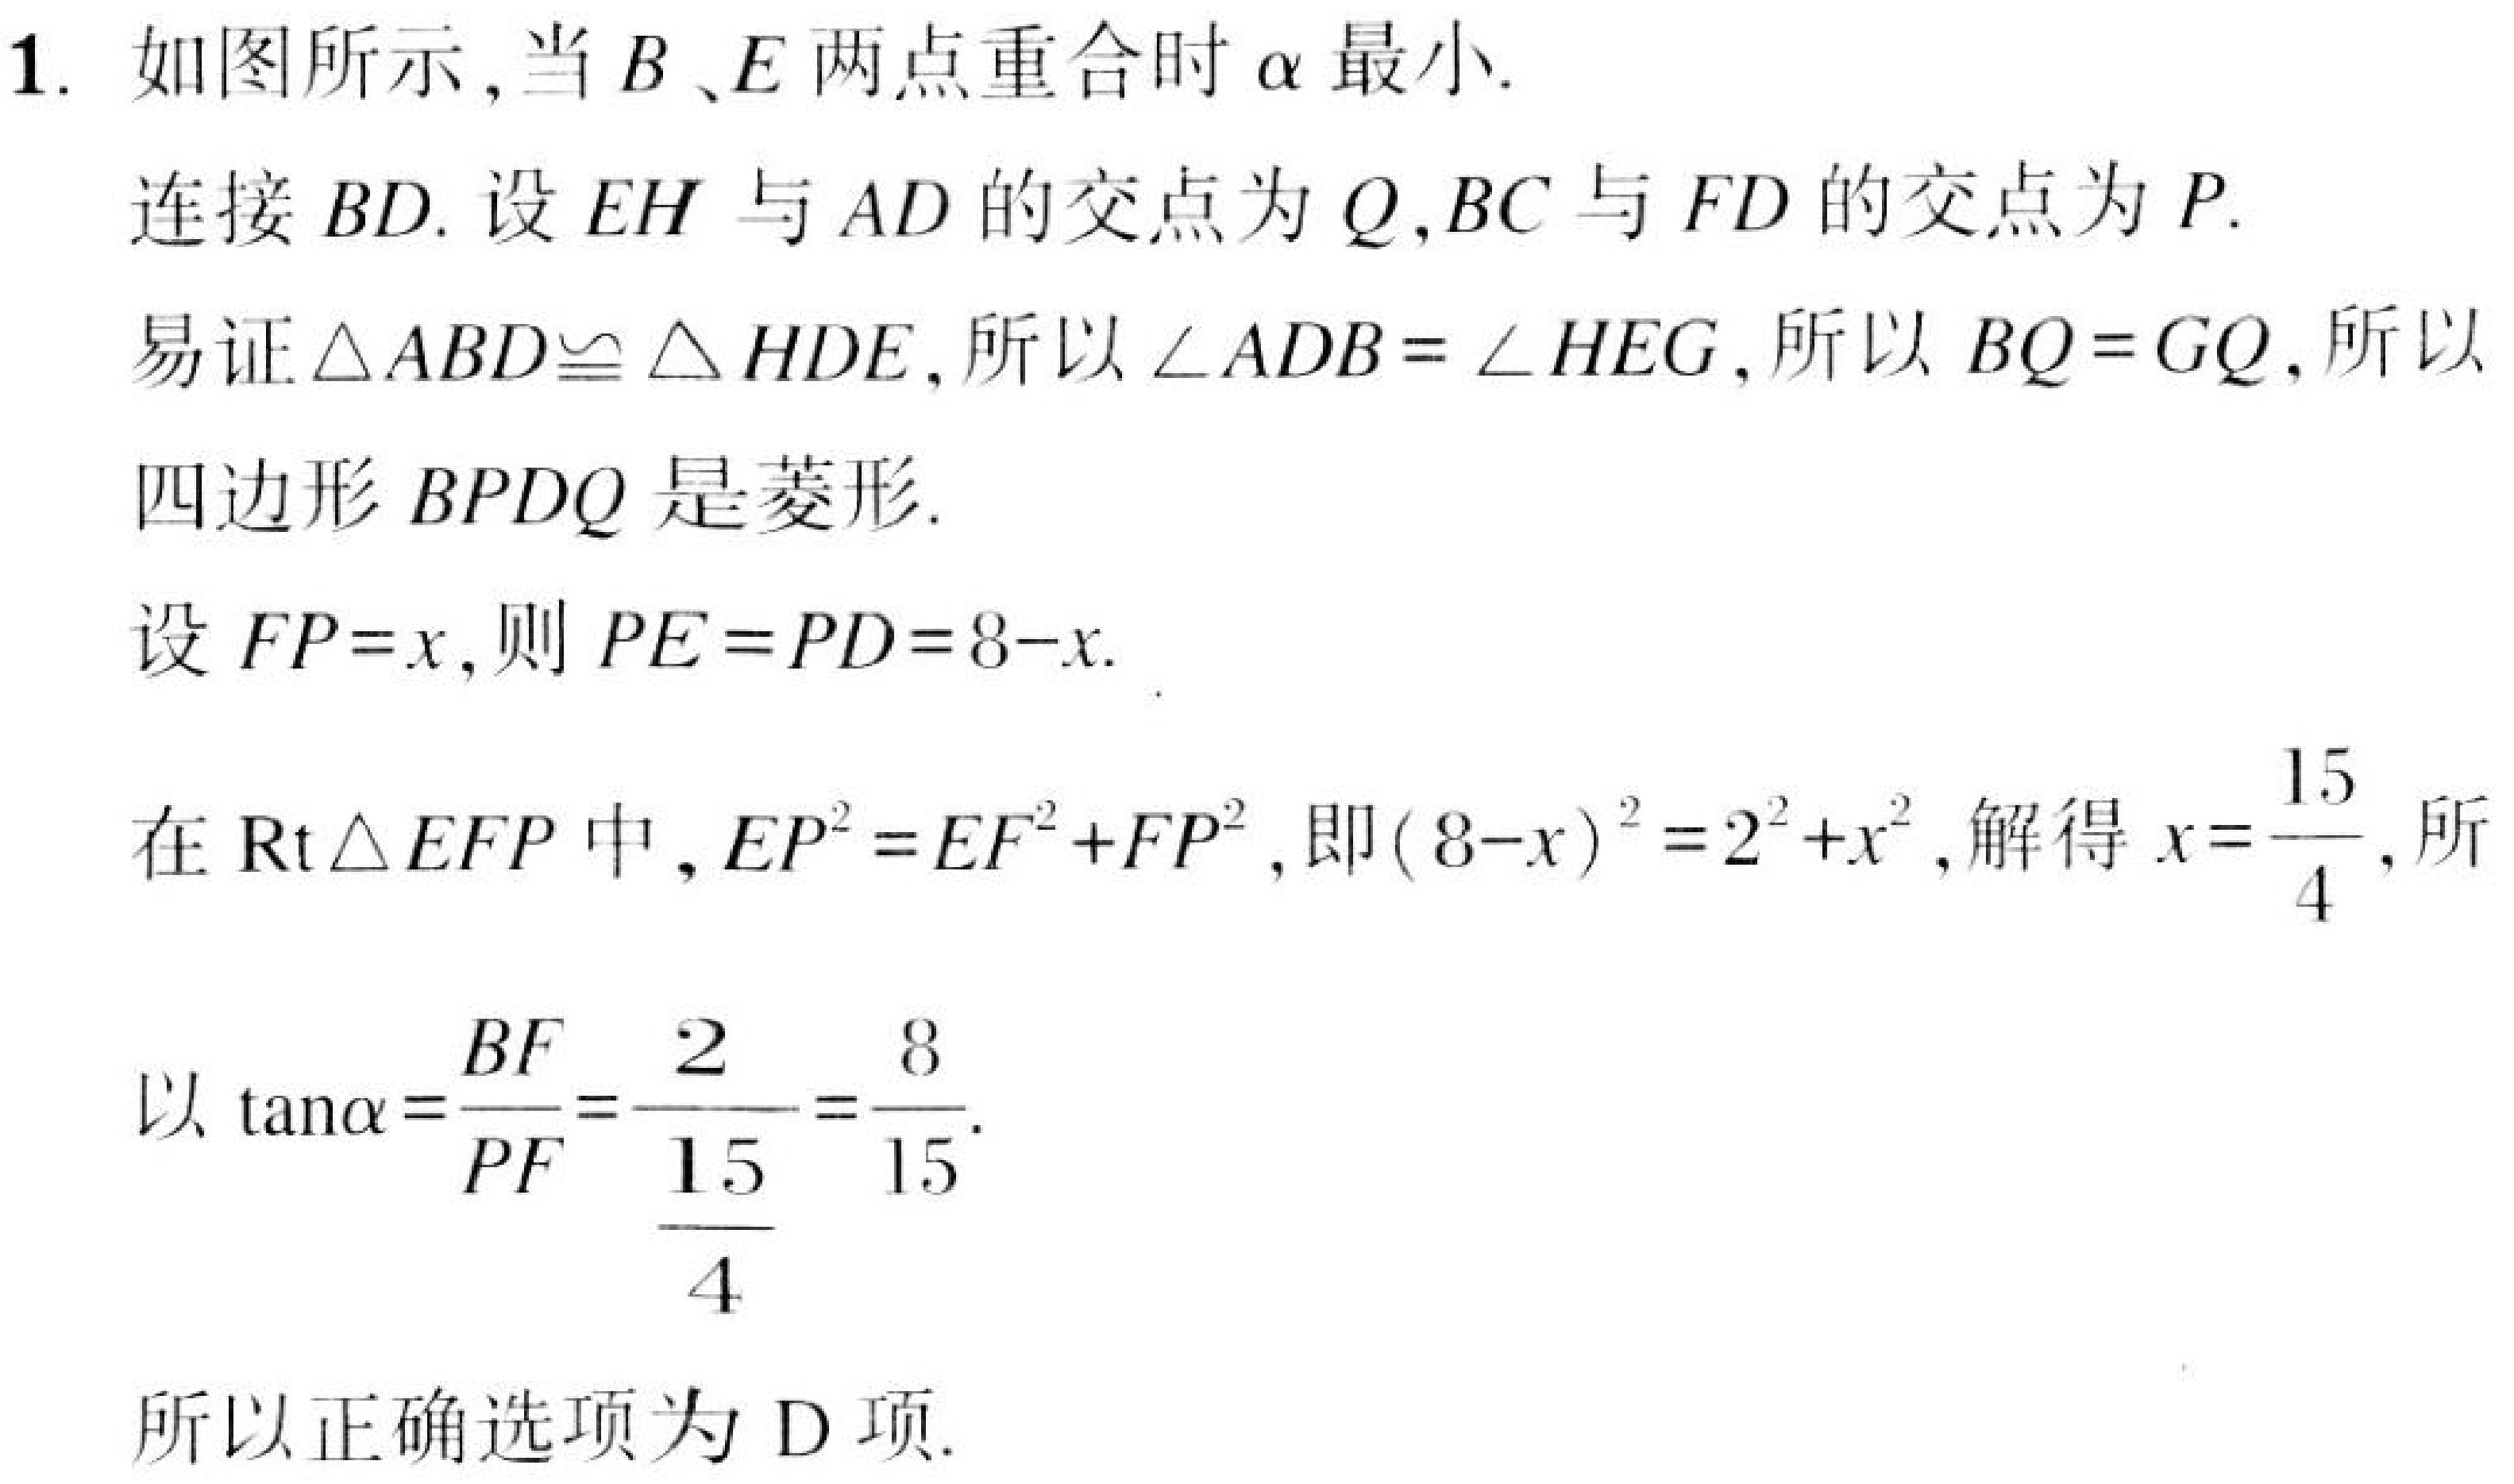
1. 如图所示,当\(B、E\)两点重合时\(\alpha\)最小.
连接\(BD\). 设\(EH\)与\(AD\)的交点为\(Q,BC\)与\(FD\)的交点为\(P\).
易证\(\triangle ABD\cong \triangle HDE\), 所以\(\angle ADB = \angle HEG\), 所以\(BQ = GQ\), 所以
四边形\(BPDQ\)是菱形.
设\(FP = x\),则\(PE = PD = 8 - x\).
在\(\text{Rt}\triangle EFP\)中,\(EP^{2}=EF^{2}+FP^{2}\), 即\((8 - x)^{2}=2^{2}+x^{2}\), 解得\(x = \dfrac{15}{4}\), 所
以\(\tan\alpha=\dfrac{BF}{PF}=\dfrac{2}{\dfrac{15}{4}}=\dfrac{8}{15}\).
所以正确选项为D项.